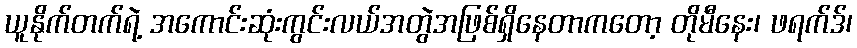
ယူနိုက်တက်ရဲ့ အကောင်းဆုံးကွင်းလယ်အတွဲအဖြစ်ရှိနေတာကတော့ တိုမီနေး၊ ဖရက်ဒ်၊